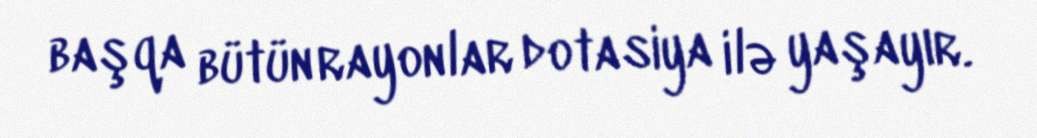
başqa bütün rayonlar dotasiya ilə yaşayır.